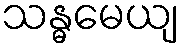
သန္ဓမေယျ